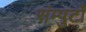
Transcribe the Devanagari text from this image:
संम्पुटों